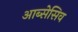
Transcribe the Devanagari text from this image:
आब्सेसिव